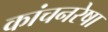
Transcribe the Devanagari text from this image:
कांचनरेषा